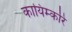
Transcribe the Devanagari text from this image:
कायिम्करि